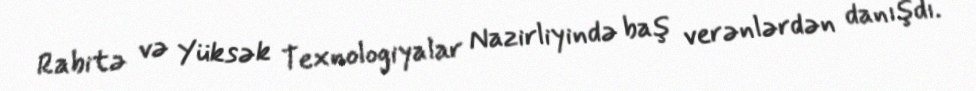
Rabitə və Yüksək Texnologiyalar Nazirliyində baş verənlərdən danışdı.